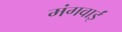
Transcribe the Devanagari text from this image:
मंगवाईं